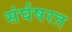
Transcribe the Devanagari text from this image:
संर्घषरत